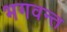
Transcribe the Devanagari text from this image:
भगवन्‍त